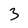
Character: 3